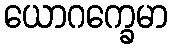
ယောဂက္ခေမာ